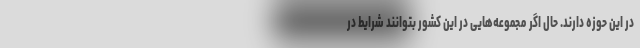
در این حوزه دارند. حال اگر مجموعه‌هایی در این کشور بتوانند شرایط در